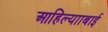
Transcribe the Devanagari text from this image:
आहिल्यााबाई